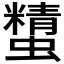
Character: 𧓔